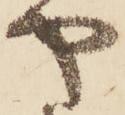
や